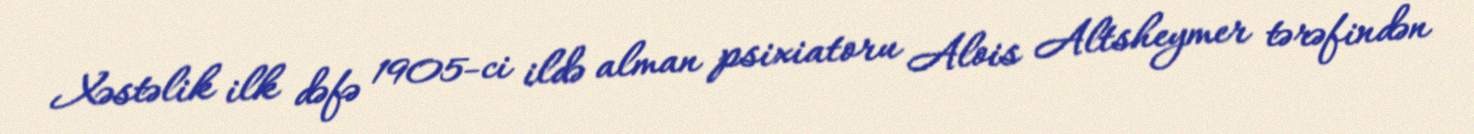
Xəstəlik ilk dəfə 1905-ci ildə alman psixiatoru Alois Altsheymer tərəfindən